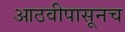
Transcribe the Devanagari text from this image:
आठवीपासूनच